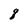
Character: q